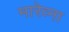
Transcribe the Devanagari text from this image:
मारेव्ना